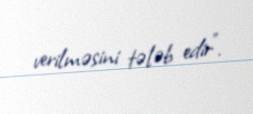
verilməsini tələb edir”.